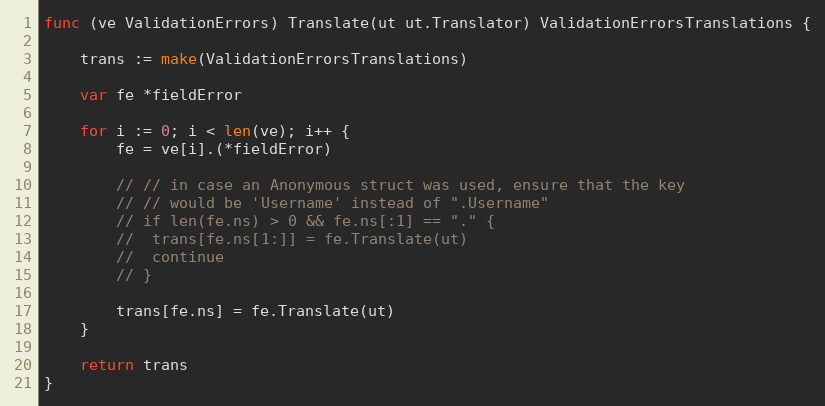
Language: Go
func (ve ValidationErrors) Translate(ut ut.Translator) ValidationErrorsTranslations {

	trans := make(ValidationErrorsTranslations)

	var fe *fieldError

	for i := 0; i < len(ve); i++ {
		fe = ve[i].(*fieldError)

		// // in case an Anonymous struct was used, ensure that the key
		// // would be 'Username' instead of ".Username"
		// if len(fe.ns) > 0 && fe.ns[:1] == "." {
		// 	trans[fe.ns[1:]] = fe.Translate(ut)
		// 	continue
		// }

		trans[fe.ns] = fe.Translate(ut)
	}

	return trans
}